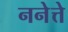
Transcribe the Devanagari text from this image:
ननेत्ते